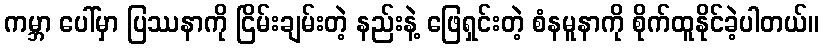
ကမ္ဘာ ပေါ်မှာ ပြဿနာကို ငြိမ်းချမ်းတဲ့ နည်းနဲ့ ဖြေရှင်းတဲ့ စံနမူနာကို စိုက်ထူနိုင်ခဲ့ပါတယ်။